Civil Veterinary Dept. Bombay admin report 1893-99 - 1893-1899
Year: 1893
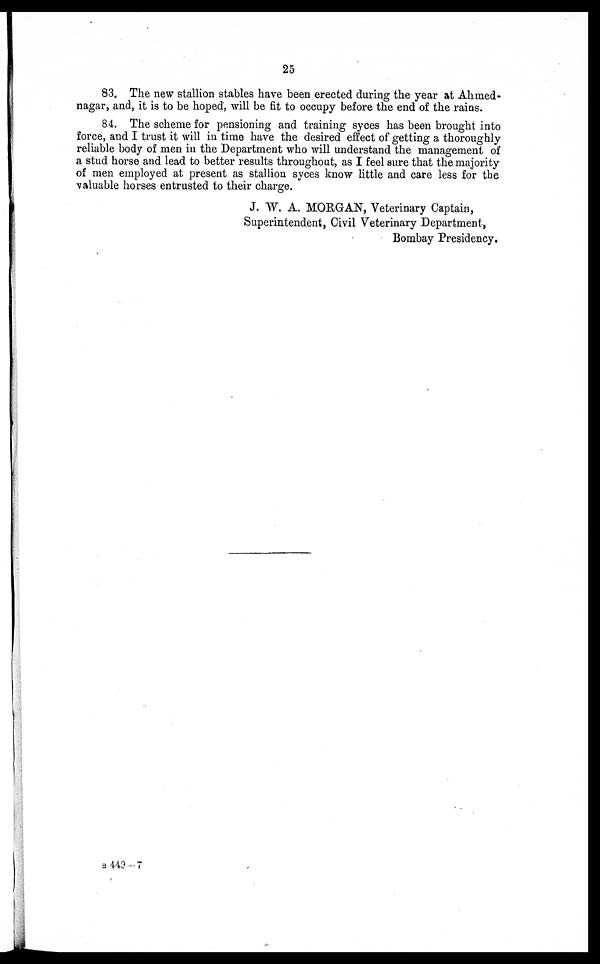
25
83. The new stallion stables have been erected during the year at Ahmed-
nagar, and, it is to be hoped, will be fit to occupy before the end of the rains.
84. The scheme for pensioning and training syces has been brought into
force, and I trust it will in time have the desired effect of getting a thoroughly
reliable body of men in the Department who will understand the management of
a stud horse and lead to better results throughout, as I feel sure that the majority
of men employed at present as stallion syces know little and care less for the
valuable horses entrusted to their charge.
J. W. A. MORGAN, Veterinary Captain,
Superintendent, Civil Veterinary Department,
Bombay Presidency.
B 449-7